Vaccination United Provinces of Agra and Oudh 1914-1922 - 1914-1922
Year: 1914
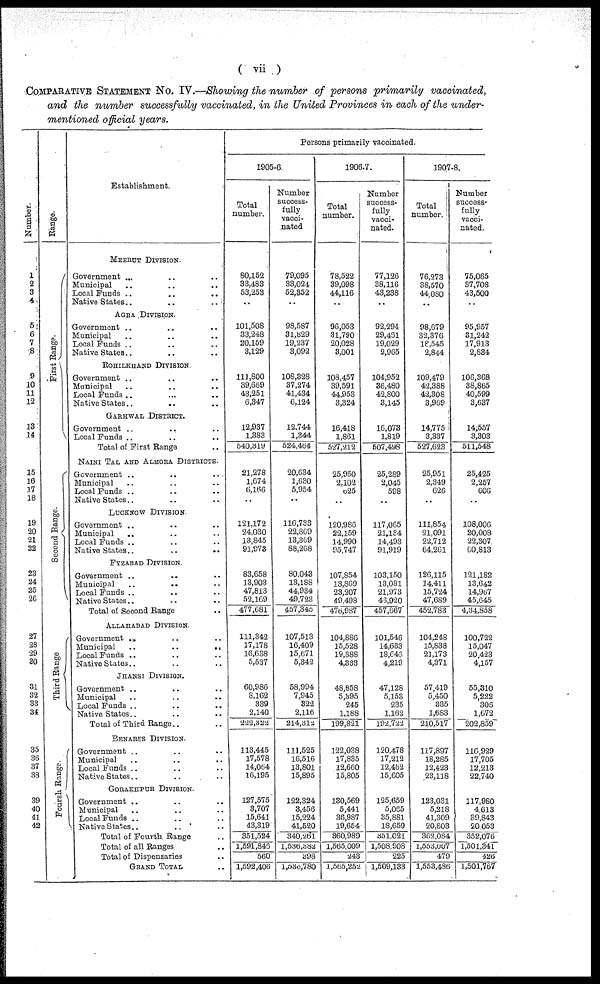
( vii )
COMPARATIVE STATEMENT No. IV.—Showing the number of persons primarily vaccinated,
and the number successfully vaccinated, in the United Provinces in each of the under-
mentioned official years.
Number.
1
2
3
4
5
6
7
8
9
10
11
12
13
14
15
16
17
18
19
20
21
22
23
24
25
26
27
28
29
30
31
32
33
34
35
36
37
38
39
40
41
42
Range.
First Range.
Second Range.
Third Range
Foursh Range.
Establishment.
MEERUT DIVISION.
Government ... .. ..
Municipal .. .. ..
Local Funds .. .. ..
Native States.. .. ..
AGRA DIVISION.
Government .. .. ..
Municipal .. .. ..
Local Funds .. .. ..
Native States.. .. ..
ROHILKHAND DIVISION.
Government .. .. ..
Municipal .. .. ..
Local Funds .. ... ..
Native States.. .. ..
GARHWAL DISTRICT.
Government .. .. ..
Local Funds .. .. ..
Total of First Range ..
NAINI TAL AND ALMORA DISTRICTS.
Government ..
.. ..
Municipal .. .. ..
Local Funds .. .. ..
Native States.. .. ..
LUCKNOW DIVISION
Government .. .. ..
Municipal .. .. ..
Local Funds .. .. ..
Native States.. .. ..
FYZABAD DIVISION.
Government .. .. ..
Municipal .. .. ..
Local Funds .. .. ..
Native States.. .. ..
Total of Second Range ..
ALLAHABAD DIVISION.
Government .. .. ..
Municipal .. .. ..
Local Funds .. .. ..
Native States.. .. ..
JHANSI DIVISION.
Government .. .. ..
Municipal .. .. ..
Local Funds .. .. ..
Native States.. .. ..
Total of Third Range .. ..
BENARES DIVISION.
Government .. .. ..
Municipal .. .. ..
Local Funds .. .. ..
Native States.. .. ..
GORAKHPUR DIVISION.
Government .. .. ..
Municipal .. .. ..
Local Funds .. .. ..
Native States..
.. ..
Total of Fourth Range ..
Total of all Ranges ..
Total of Dispensaries ..
GRAND TOTAL ..
Persons primarily vaccinated.
1905-6.
Total
number.
80,152
33,483
53,253
..
101,508
33,248
20,159
3,129
111,800
39,669
43,251
6,347
12,937
1,383
540,319
21,278
1,674
6,166
..
121,172
24,030
13,845
91,973
83,658
13,903
47,813
52,169
477,681
111,342
17,178
16,638
5,537
60,986
8,162
339
2,140
222,322
113,445
17,578
14,064
16,195
127,575
3,707
15,641
43,319
351,524
1,591,846
560
1,592,406
Number
success-
fully
vacci-
nated
79,095
33,024
52,352
..
98,587
31,829
19,237
3,092
108,328
37,274
41,434
6,124
12,744
1,344
524,464
20,634
1,630
5,954
..
116,733
22,869
13,369
88,268
80,043
13,188
44,934
49,723
457,345
107,513
16,409
15,671
5,342
58,994
7,945
322
2,116
2l4,312
111,525
16,516
13,801
15,895
122,324
3,456
15,224
41,520
340,261
l,536,382
398
1,536,780
1906-7.
Total
number.
78,522
39,098
44,116
..
96,053
31,790
20,028
3,001
108,457
39,591
44,953
3,324
16,418
1,861
527,212
25,950
2,102
625
..
120,986
22,159
14,990
95,747
107,854
13,869
23,207
49,498
476,987
104,886
15,528
19,388
4,333
48,858
5,395
245
1,188
199,821
122,038
17,835
12,660
15,805
130,569
5,441
36,987
19,654
360,989
1,565,009
243
l,565,252
Number
success-
fully
vacci-
nated.
77,126
38,116
43,238
..
92,294
29,461
19,029
2,965
104,952
36,480
42,800
3,145
16,073
1,819
607,498
25,289
2,045
598
..
117,065
21,134
14,493
91,919
103,150
13,081
21,973
46,920
457,667
101,546
14,633
18,643
4,219
47,128
5,153
235
1,162
192,722
120,478
17,212
12,462
15,605
125,659
5,065
35,881
18,659
351,021
1,508,908
225
1,509,133
1907-8.
Total
number.
76,273
38,570
44,080
..
98,679
32,376
18,545
2,844
109,479
42,388
42,308
3,969
14,775
3,337
527,623
25,951
2,349
626
..
111,854
21,091
22,712
64,261
126,115
14,411
15,724
47,689
452,783
104,248
15,838
21,173
4,371
57,419
5,450
335
1,683
210,517
117,897
18,285
12,423
23,118
123,031
5,218
41,309
20,803
362,084
1,553,007
479
1,553,486
Number
success-
fully
vacci-
nated.
75,065
37,708
43,500
..
95,957
31,242
17,913
2,834
106,368
38,865
40,599
3,637
14,557
3,303
511,548
25,425
2,257
606
..
108,006
20,008
22,307
60,813
121,182
13,642
14,957
45,645
4,34,858
100,722
15,047
20,423
4,157
55,310
5,222
306
1,672
202,859
116,929
17,705
12,213
22,740
117,980
4,613
39,843
20,053
352,076
1,501,341
426
1,501,767